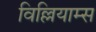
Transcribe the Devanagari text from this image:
विल्लियाम्स